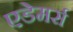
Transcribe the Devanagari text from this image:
एडेमर्स